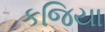
કજિયા